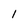
Character: 1